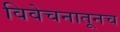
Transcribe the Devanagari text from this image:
विवेचनातूनच